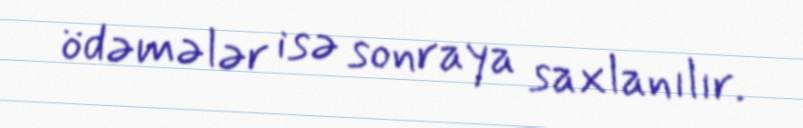
ödəmələr isə sonraya saxlanılır.